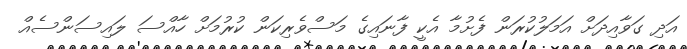
އަދި ގަވާއިދަށް އަމަލުކުރަން ފެށުމާ އެކީ ފާނައިގެ މަސްވެރިކަން ކުރުމަށް ހާއްސަ ލައިސަންސެއް